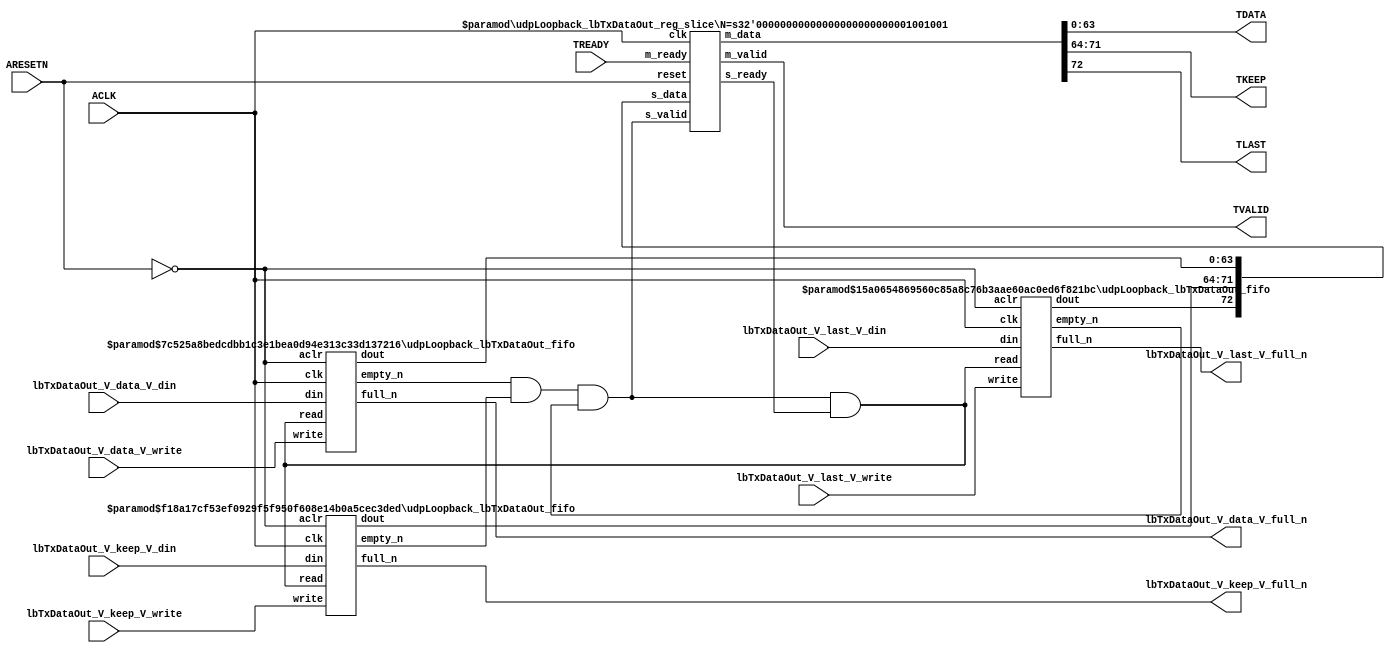
// ==============================================================
// File generated by Vivado(TM) HLS - High-Level Synthesis from C, C++ and SystemC
// Version: 2016.3
// Copyright (C) 1986-2016 Xilinx, Inc. All Rights Reserved.
// 
// ==============================================================


`timescale 1ns/1ps

module udpLoopback_lbTxDataOut_if (
    // AXI4-Stream singals
    input  wire        ACLK,
    input  wire        ARESETN,
    output wire        TVALID,
    input  wire        TREADY,
    output wire [63:0] TDATA,
    output wire [7:0]  TKEEP,
    output wire [0:0]  TLAST,
    // User signals
    input  wire [63:0] lbTxDataOut_V_data_V_din,
    output wire        lbTxDataOut_V_data_V_full_n,
    input  wire        lbTxDataOut_V_data_V_write,
    input  wire [7:0]  lbTxDataOut_V_keep_V_din,
    output wire        lbTxDataOut_V_keep_V_full_n,
    input  wire        lbTxDataOut_V_keep_V_write,
    input  wire [0:0]  lbTxDataOut_V_last_V_din,
    output wire        lbTxDataOut_V_last_V_full_n,
    input  wire        lbTxDataOut_V_last_V_write
);
//------------------------Local signal-------------------
// FIFO
wire [0:0]  fifo_read;
wire [0:0]  fifo_empty_n;
wire [63:0] lbTxDataOut_V_data_V_dout;
wire [0:0]  lbTxDataOut_V_data_V_empty_n;
wire [7:0]  lbTxDataOut_V_keep_V_dout;
wire [0:0]  lbTxDataOut_V_keep_V_empty_n;
wire [0:0]  lbTxDataOut_V_last_V_dout;
wire [0:0]  lbTxDataOut_V_last_V_empty_n;
// register slice
wire [0:0]  s_valid;
wire [0:0]  s_ready;
wire [72:0] s_data;
wire [0:0]  m_valid;
wire [0:0]  m_ready;
wire [72:0] m_data;

//------------------------Instantiation------------------
// rs
udpLoopback_lbTxDataOut_reg_slice #(
    .N       ( 73 )
) rs (
    .clk     ( ACLK ),
    .reset   ( ARESETN ),
    .s_data  ( s_data ),
    .s_valid ( s_valid ),
    .s_ready ( s_ready ),
    .m_data  ( m_data ),
    .m_valid ( m_valid ),
    .m_ready ( m_ready )
);

// lbTxDataOut_V_data_V_fifo
udpLoopback_lbTxDataOut_fifo #(
    .DATA_BITS  ( 64 ),
    .DEPTH_BITS ( 4 )
) lbTxDataOut_V_data_V_fifo (
    .clk        ( ACLK ),
    .aclr       ( ~ARESETN ),
    .empty_n    ( lbTxDataOut_V_data_V_empty_n ),
    .full_n     ( lbTxDataOut_V_data_V_full_n ),
    .read       ( fifo_read ),
    .write      ( lbTxDataOut_V_data_V_write ),
    .dout       ( lbTxDataOut_V_data_V_dout ),
    .din        ( lbTxDataOut_V_data_V_din )
);

// lbTxDataOut_V_keep_V_fifo
udpLoopback_lbTxDataOut_fifo #(
    .DATA_BITS  ( 8 ),
    .DEPTH_BITS ( 4 )
) lbTxDataOut_V_keep_V_fifo (
    .clk        ( ACLK ),
    .aclr       ( ~ARESETN ),
    .empty_n    ( lbTxDataOut_V_keep_V_empty_n ),
    .full_n     ( lbTxDataOut_V_keep_V_full_n ),
    .read       ( fifo_read ),
    .write      ( lbTxDataOut_V_keep_V_write ),
    .dout       ( lbTxDataOut_V_keep_V_dout ),
    .din        ( lbTxDataOut_V_keep_V_din )
);

// lbTxDataOut_V_last_V_fifo
udpLoopback_lbTxDataOut_fifo #(
    .DATA_BITS  ( 1 ),
    .DEPTH_BITS ( 4 )
) lbTxDataOut_V_last_V_fifo (
    .clk        ( ACLK ),
    .aclr       ( ~ARESETN ),
    .empty_n    ( lbTxDataOut_V_last_V_empty_n ),
    .full_n     ( lbTxDataOut_V_last_V_full_n ),
    .read       ( fifo_read ),
    .write      ( lbTxDataOut_V_last_V_write ),
    .dout       ( lbTxDataOut_V_last_V_dout ),
    .din        ( lbTxDataOut_V_last_V_din )
);

//------------------------Body---------------------------
//++++++++++++++++++++++++AXI4-Stream++++++++++++++++++++
assign TVALID = m_valid;
assign TDATA  = m_data[63:0];
assign TKEEP  = m_data[71:64];
assign TLAST  = m_data[72:72];

//+++++++++++++++++++++++++++++++++++++++++++++++++++++++

//++++++++++++++++++++++++Reigister Slice++++++++++++++++
assign s_valid = fifo_empty_n;
assign m_ready = TREADY;
assign s_data  = {lbTxDataOut_V_last_V_dout, lbTxDataOut_V_keep_V_dout, lbTxDataOut_V_data_V_dout};

//+++++++++++++++++++++++++++++++++++++++++++++++++++++++

//++++++++++++++++++++++++FIFO+++++++++++++++++++++++++++
assign fifo_read    = fifo_empty_n & s_ready;
assign fifo_empty_n = lbTxDataOut_V_data_V_empty_n & lbTxDataOut_V_keep_V_empty_n & lbTxDataOut_V_last_V_empty_n;

//+++++++++++++++++++++++++++++++++++++++++++++++++++++++

endmodule



`timescale 1ns/1ps

module udpLoopback_lbTxDataOut_fifo
#(parameter
    DATA_BITS  = 8,
    DEPTH_BITS = 4
)(
    input  wire                 clk,
    input  wire                 aclr,
    output wire                 empty_n,
    output wire                 full_n,
    input  wire                 read,
    input  wire                 write,
    output wire [DATA_BITS-1:0] dout,
    input  wire [DATA_BITS-1:0] din
);
//------------------------Parameter----------------------
localparam
    DEPTH = 1 << DEPTH_BITS;
//------------------------Local signal-------------------
reg                   empty;
reg                   full;
reg  [DEPTH_BITS-1:0] index;
reg  [DATA_BITS-1:0]  mem[0:DEPTH-1];
//------------------------Body---------------------------
assign empty_n = ~empty;
assign full_n  = ~full;
assign dout    = mem[index];

// empty
always @(posedge clk or posedge aclr) begin
    if (aclr)
        empty <= 1'b1;
    else if (empty & write & ~read)
        empty <= 1'b0;
    else if (~empty & ~write & read & (index==1'b0))
        empty <= 1'b1;
end

// full
always @(posedge clk or posedge aclr) begin
    if (aclr)
        full <= 1'b0;
    else if (full & read & ~write)
        full <= 1'b0;
    else if (~full & ~read & write & (index==DEPTH-2'd2))
        full <= 1'b1;
end

// index
always @(posedge clk or posedge aclr) begin
    if (aclr)
        index <= {DEPTH_BITS{1'b1}};
    else if (~empty & ~write & read)
        index <= index - 1'b1;
    else if (~full & ~read & write)
        index <= index + 1'b1;
end

// mem
always @(posedge clk) begin
    if (~full & write) mem[0] <= din;
end

genvar i;
generate
    for (i = 1; i < DEPTH; i = i + 1) begin : gen_sr
        always @(posedge clk) begin
            if (~full & write) mem[i] <= mem[i-1];
        end
    end
endgenerate

endmodule

`timescale 1ns/1ps

module udpLoopback_lbTxDataOut_reg_slice
#(parameter
    N = 8   // data width
) (
    // system signals
    input  wire         clk,
    input  wire         reset,
    // slave side
    input  wire [N-1:0] s_data,
    input  wire         s_valid,
    output wire         s_ready,
    // master side
    output wire [N-1:0] m_data,
    output wire         m_valid,
    input  wire         m_ready
);
//------------------------Parameter----------------------
// state
localparam [1:0]
    ZERO = 2'b10,
    ONE  = 2'b11,
    TWO  = 2'b01;
//------------------------Local signal-------------------
reg  [N-1:0] data_p1;
reg  [N-1:0] data_p2;
wire         load_p1;
wire         load_p2;
wire         load_p1_from_p2;
reg          s_ready_t;
reg  [1:0]   state;
reg  [1:0]   next;
//------------------------Body---------------------------
assign s_ready = s_ready_t;
assign m_data  = data_p1;
assign m_valid = state[0];

assign load_p1 = (state == ZERO && s_valid) ||
                 (state == ONE && s_valid && m_ready) ||
                 (state == TWO && m_ready);
assign load_p2 = s_valid & s_ready;
assign load_p1_from_p2 = (state == TWO);

// data_p1
always @(posedge clk) begin
    if (load_p1) begin
        if (load_p1_from_p2)
            data_p1 <= data_p2;
        else
            data_p1 <= s_data;
    end
end

// data_p2
always @(posedge clk) begin
    if (load_p2) data_p2 <= s_data;
end

// s_ready_t
always @(posedge clk) begin
    if (~reset)
        s_ready_t <= 1'b0;
    else if (state == ZERO)
        s_ready_t <= 1'b1;
    else if (state == ONE && next == TWO)
        s_ready_t <= 1'b0;
    else if (state == TWO && next == ONE)
        s_ready_t <= 1'b1;
end

// state
always @(posedge clk) begin
    if (~reset)
        state <= ZERO;
    else
        state <= next;
end

// next
always @(*) begin
    case (state)
        ZERO:
            if (s_valid & s_ready)
                next = ONE;
            else
                next = ZERO;
        ONE:
            if (~s_valid & m_ready)
                next = ZERO;
            else if (s_valid & ~m_ready)
                next = TWO;
            else
                next = ONE;
        TWO:
            if (m_ready)
                next = ONE;
            else
                next = TWO;
        default:
            next = ZERO;
    endcase
end

endmodule